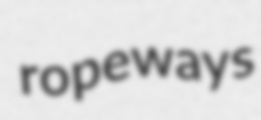
ropeways